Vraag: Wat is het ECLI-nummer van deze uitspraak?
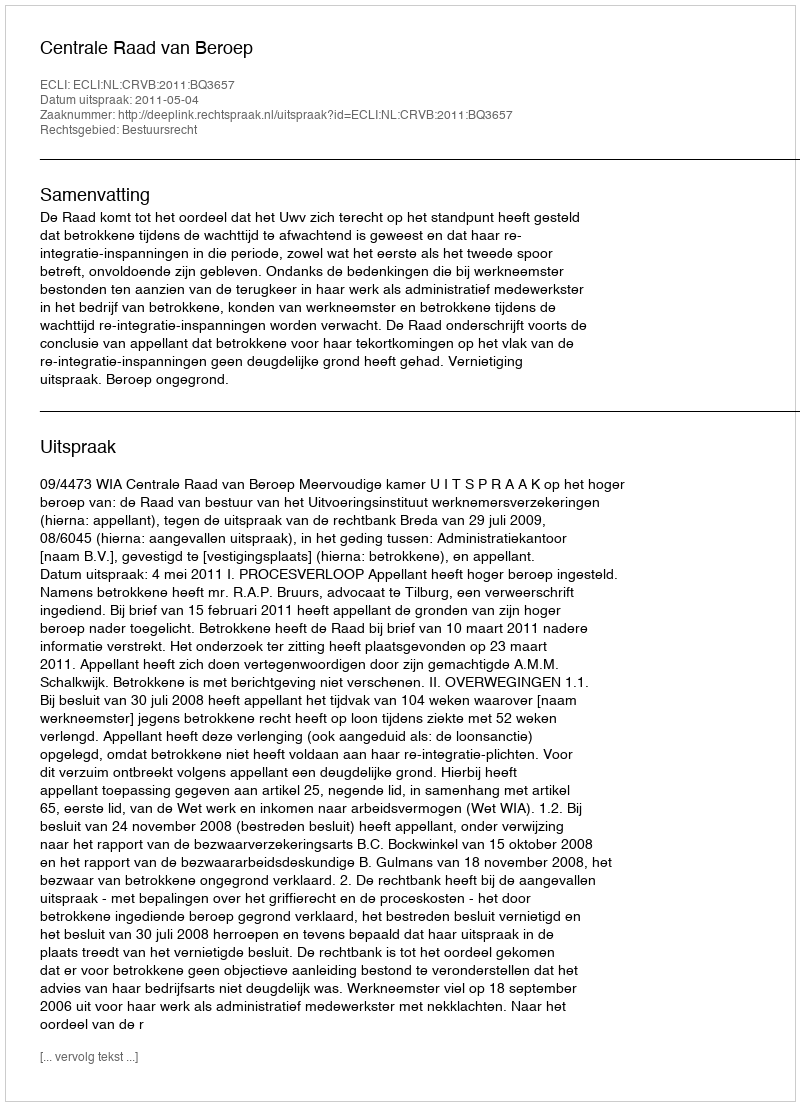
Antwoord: ECLI:NL:CRVB:2011:BQ3657